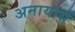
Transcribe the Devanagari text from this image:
अनायासें